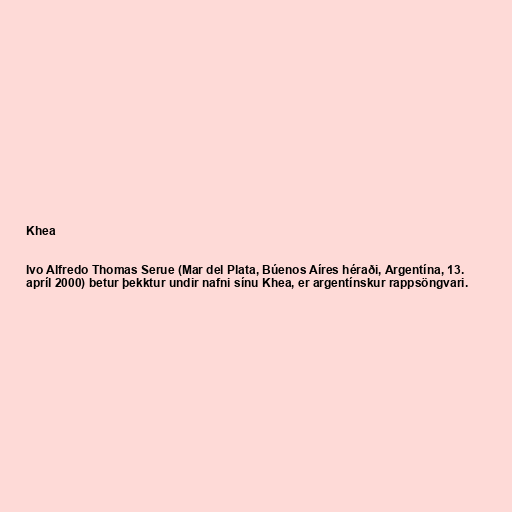
Khea

Ivo Alfredo Thomas Serue (Mar del Plata, Búenos Aíres héraði, Argentína, 13.
apríl 2000) betur þekktur undir nafni sínu Khea, er argentínskur rappsöngvari.